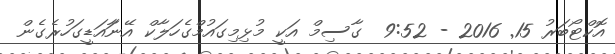
އޮކްޓޯބަރު 15